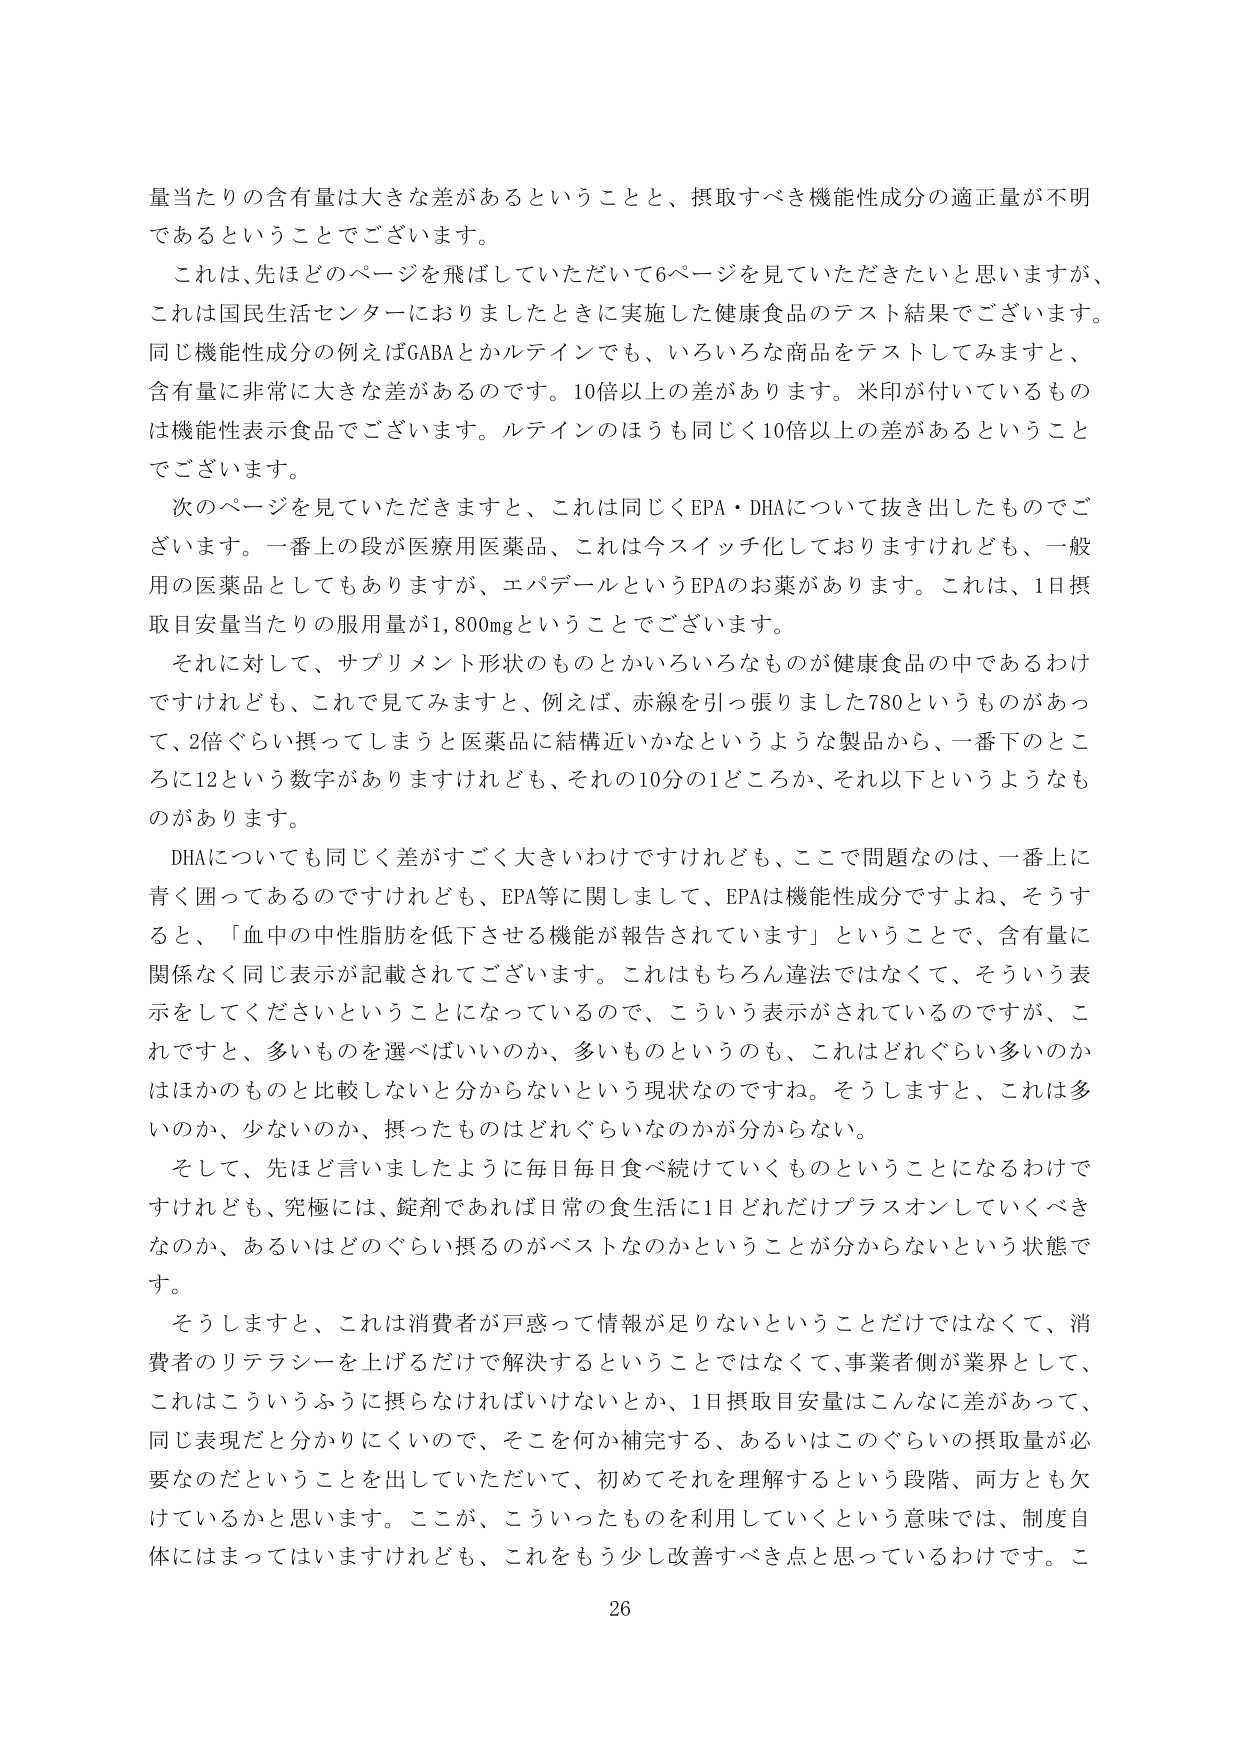
量当たりの含有量は大きな差があるということと、摂取すべき機能性成分の適正量が不明であるということでございます。

これは、先ほどどのページを飛ばしていただいて6ページを見ていただきたいと思いますが、これは国民生活センターによりましたときに実施した健康食品のテスト結果でございます。同じ機能性成分の例えばGABAとかルテインでも、いろいろな商品をテストしてみますと、含有量に非常に大きな差があるのです。10倍以上の差があります。米印が付いているものは機能性表示食品でございます。ルテインのほうも同じく10倍以上の差があるということでございます。

次のページを見ていただきますと、これは同じくEPA・DHAについて抜き出したものでございます。一番上の段が医療用医薬品、これは今スイッチ化しておりますけれども、一般用の医薬品としてもありますが、エバデールというEPAのお薬があります。これは、1日摂取目安量当たりの服用量が1,800mgということでございます。

それに対して、サプリメント形状のものとかいろいろなものが健康食品の中であるわけですが、これで見てみますと、例えば、赤線を引っ張りました780というものがあって、2倍ぐらい摂ってしまうと医薬品に結構近いかなというような製品から、一番下のところに12という数字がありますけれども、それの10分の1どころか、それ以下というようなものがあります。

DHAについても同じく差がすごく大きいわけですが、ここで問題なのは、一番上に青く囲ってあるのですけれども、EPA等に関しまして、EPAは機能性成分ですよね、そうすると、「血中の中性脂肪を低下させる機能が報告されています」ということで、含有量に関係なく同じ表示が記載されてございます。これはもちろん違法ではなくて、そういう表示をしてくださいということになっているので、こういう表示がされているのですが、これですと、多いものを選べばいいのか、多いものというのも、これはどれぐらい多いのかはほかのものと比較しないと分からないという現状なのですね。そうしますと、これは多いのか、少ないのか、摂ったものはどれぐらいなのかが分からない。

そして、先ほど言いましたように毎日毎日食べ続けていくものということになるわけですが、究極には、錠剤であれば日常の食生活に1日どれだけプラスオンしていくべきなのか、あるいはどのぐらい摂るのがベストなのかということが分からないという状態です。

そうしますと、これは消費者が戸惑って情報が足りないということだけではなくて、消費者のリテラシーを上げるだけで解決するということではなくて、事業者側が業界として、これはこういうふうに摂らなければならないとか、1日摂取目安量はこんなに差があって、同じ表現だと分かりにくいので、そこを何か補完する、あるいはこのぐらいの摂取量が必要なのだということを出していただいて、初めてそれを理解するという段階、両方とも欠けているかと思います。ここが、こういったものを利用していこうという意味では、制度自体にはまってはいますけれども、これをもう少し改善すべき点と思っているわけです。こ

26